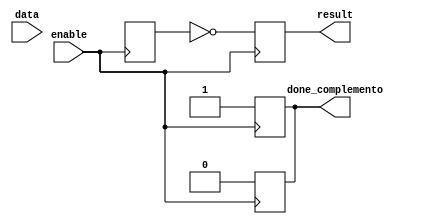
module complemento #(   parameter inputsize = 4) (data, enable, result,done_complemento); 


 input [inputsize-1:0] data;
input enable; 
output reg [inputsize-1:0] result;
output  reg  done_complemento ;
reg [3:0] A;

always @ (posedge enable) begin
A <= data[7:4];
    if (enable) begin
        result <= ~A;
    end
done_complemento <= 1'b1;
end
always @(negedge enable) begin
done_complemento <= 1'b0;
    
end


endmodule